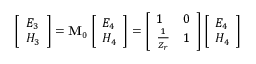
\left[ \begin{array} { l } { E _ { 3 } } \\ { H _ { 3 } } \end{array} \right] = \mathbf { M } _ { 0 } \left[ \begin{array} { l } { E _ { 4 } } \\ { H _ { 4 } } \end{array} \right] = \left[ \begin{array} { l l } { 1 } & { 0 } \\ { \frac { 1 } { Z _ { r } } } & { 1 } \end{array} \right] \left[ \begin{array} { l } { E _ { 4 } } \\ { H _ { 4 } } \end{array} \right]